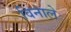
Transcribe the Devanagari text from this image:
विनाले